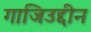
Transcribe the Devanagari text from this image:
गाजिउद्दीन